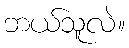
ဘယ်သူလဲ။